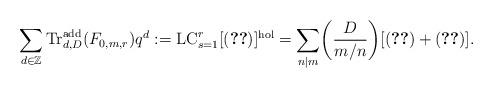
LaTeX: \begin{align*}\sum_{d \in \mathbb{Z}}\mathrm{Tr}_{d,D}^{\mathrm{add}}(F_{0,m,r})q^d := \mathrm{LC}_{s=1}^r[(\ref{finpart})]^{\mathrm{hol}} = \sum_{n|m} \biggl(\frac{D}{m/n}\biggr) [(\ref{finhol}) + (\ref{finhol2})].\end{align*}